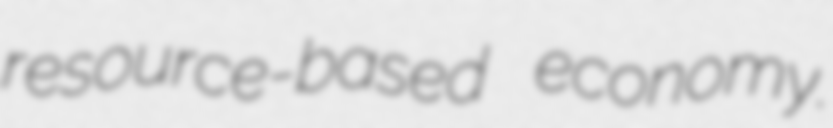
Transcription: resource-based economy.